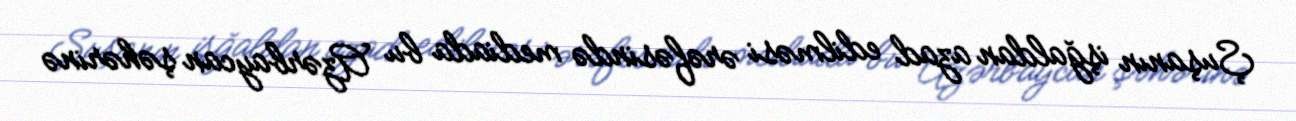
Şuşanın işğaldan azad edilməsi ərəfəsində mediada bu Azərbaycan şəhərinə